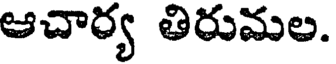
ఆచార్య తిరుమల.